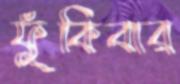
ফুঁকিবার